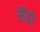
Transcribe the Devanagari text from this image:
सैंद्रो